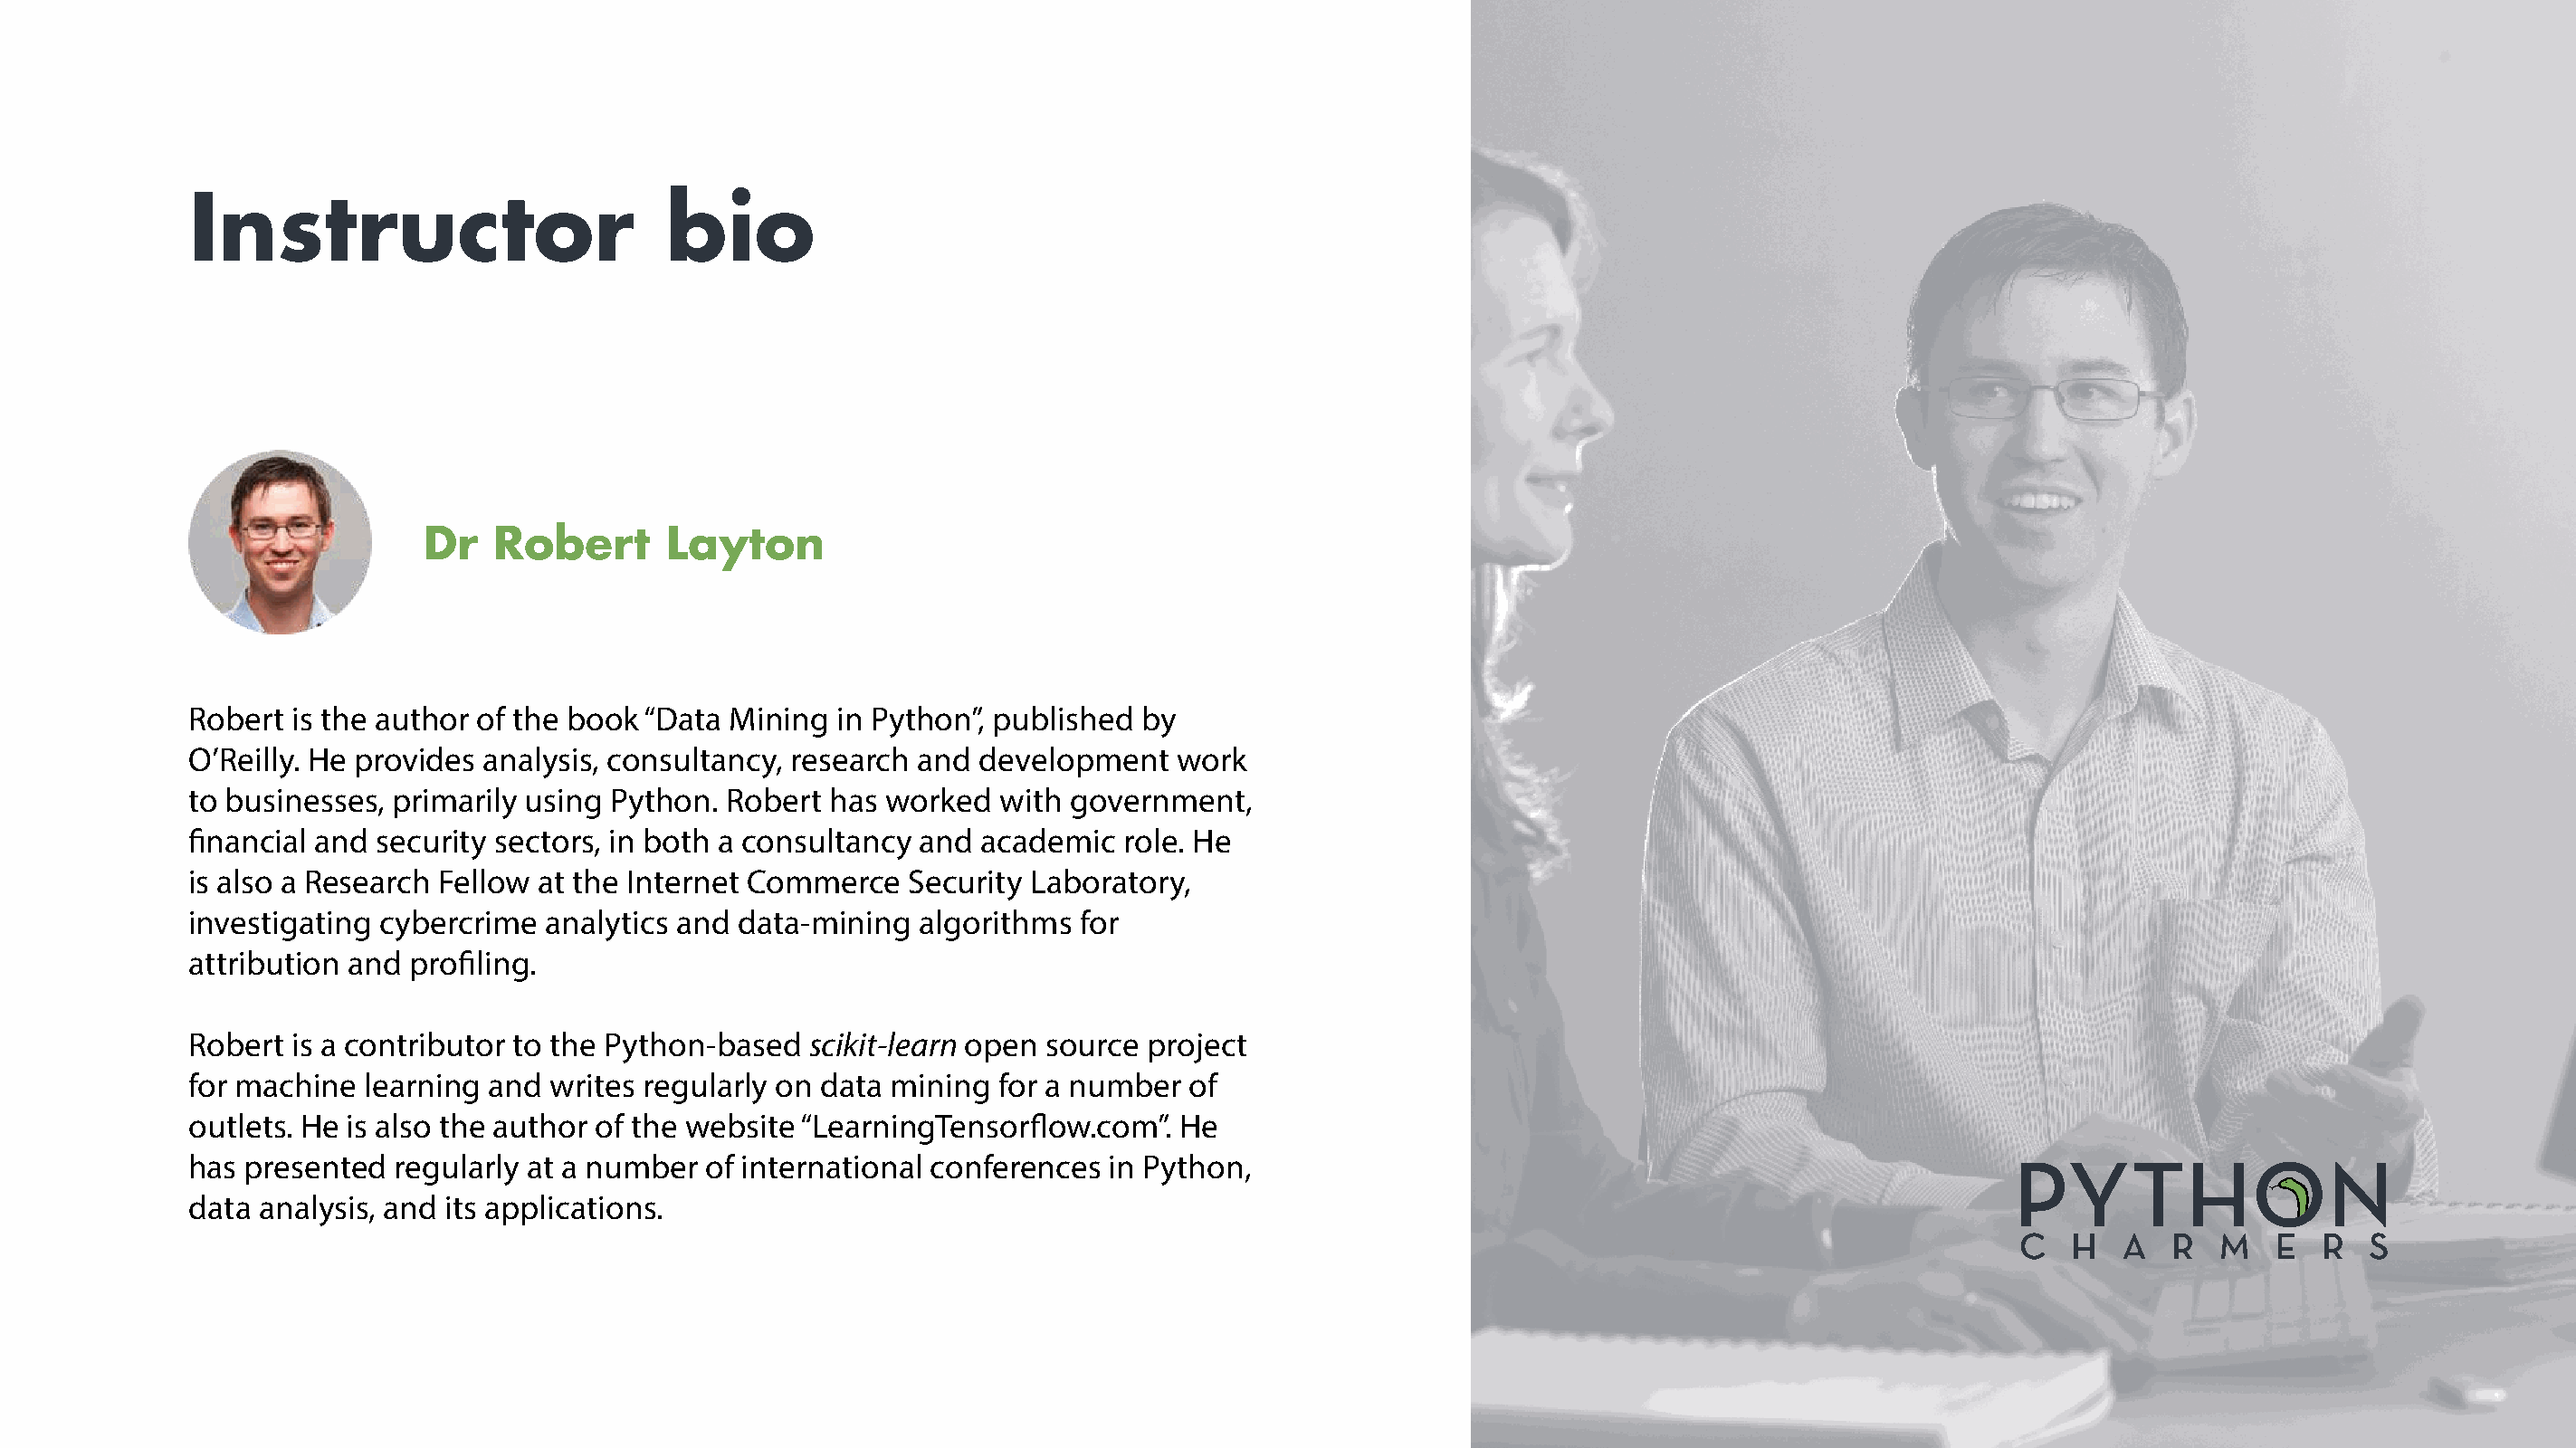
Instructor                         bio
 Dr   Robert       Layton
 Robert is the author of the book “Data Mining  in Python”, published  by
 O’Reilly. He provides analysis, consultancy, research and development   work
 to businesses, primarily using Python. Robert  has worked  with government,
 financial and security sectors, in both a consultancy and academic  role. He
 is also a Research Fellow at the Internet Commerce  Security Laboratory,
 investigating cybercrime  analytics and data-mining  algorithms  for
 attribution and profiling.
 Robert is a contributor to the Python-based  scikit-learn open source project
 for machine  learning and writes regularly on data mining  for a number  of
 outlets. He is also the author of the website “LearningTensorflow.com”. He
 has presented  regularly at a number  of international conferences in Python,
 data analysis, and its applications.